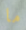
ما